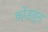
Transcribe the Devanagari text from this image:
कोंडवुन